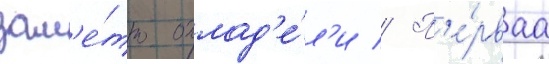
зам'е́тно охлад'е́л'и // П'е́рваа